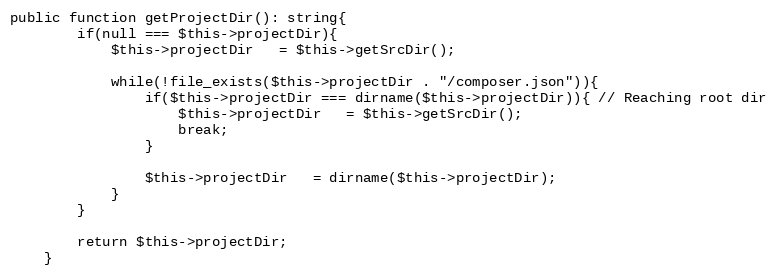
Language: PHP
public function getProjectDir(): string{
        if(null === $this->projectDir){
            $this->projectDir   = $this->getSrcDir();

            while(!file_exists($this->projectDir . "/composer.json")){
                if($this->projectDir === dirname($this->projectDir)){ // Reaching root dir
                    $this->projectDir   = $this->getSrcDir();
                    break;
                }

                $this->projectDir   = dirname($this->projectDir);
            }
        }

        return $this->projectDir;
    }